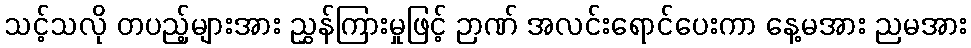
သင့်သလို တပည့်များအား ညွှန်ကြားမှုဖြင့် ဉာဏ် အလင်းရောင်ပေးကာ နေ့မအား ညမအား